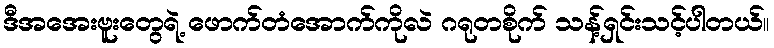
ဒီအအေးဗူးတွေရဲ့ ဖောက်တံအောက်ကိုလဲ ဂရုတစိုက် သန့်ရှင်းသင့်ပါတယ်။